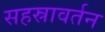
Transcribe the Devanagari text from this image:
सहस्रावर्तन